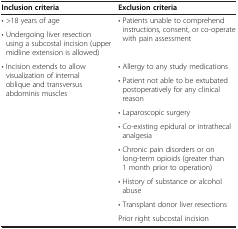
<table><thead><tr><td><b>Inclusion criteria</b></td><td><b>Exclusion criteria</b></td></tr></thead><tbody><tr><td>• &gt;18 years of age</td><td rowspan="2">• Patients unable to comprehend instructions, consent, or co-operate with pain assessment</td></tr><tr><td>• Undergoing liver resection using a subcostal incision (upper midline extension is allowed)</td></tr><tr><td rowspan="8">• Incision extends to allow visualization of internal oblique and transversus abdominis muscles</td><td>• Allergy to any study medications</td></tr><tr><td>• Patient not able to be extubated postoperatively for any clinical reason</td></tr><tr><td>• Laparoscopic surgery</td></tr><tr><td>• Co-existing epidural or intrathecal analgesia</td></tr><tr><td>• Chronic pain disorders or on long-term opioids (greater than 1 month prior to operation)</td></tr><tr><td>• History of substance or alcohol abuse</td></tr><tr><td>• Transplant donor liver resections</td></tr><tr><td>Prior right subcostal incision</td></tr></tbody></table>